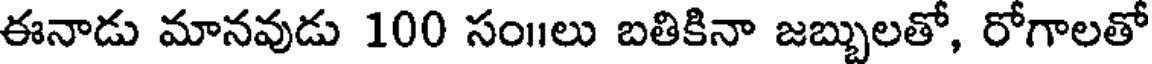
ఈనాడు మానవుడు 100 సం1లు బతికినా జబ్బులతో, రోగాలతో